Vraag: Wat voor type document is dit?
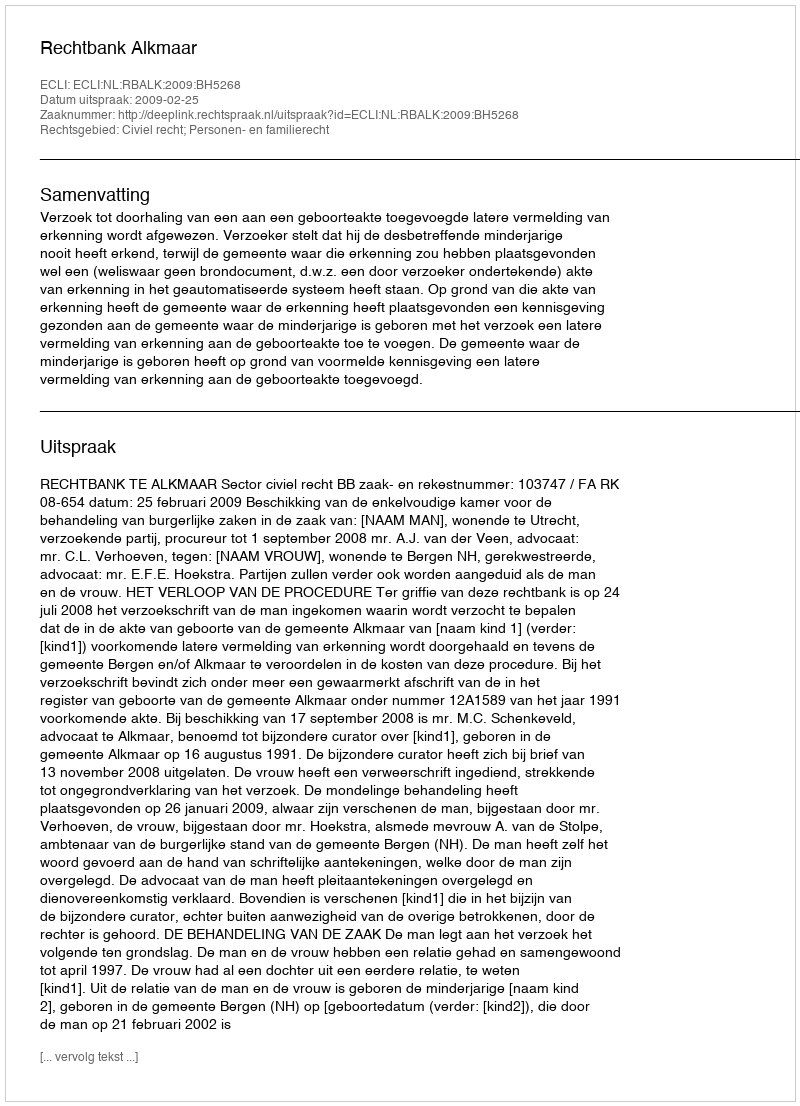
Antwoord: Uitspraak